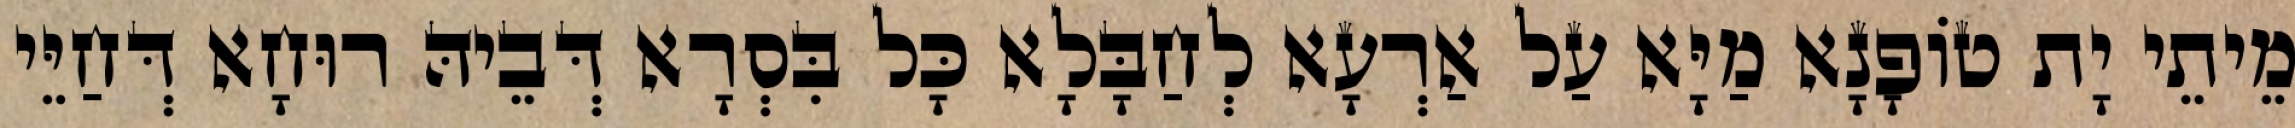
מֵיתֵי יָת טוֹפָנָא מַיָּא עַל אַרְעָא לְחַבָּלָא כָּל בִּסְרָא דְּבֵיהּ רוּחָא דְּחַיֵּי